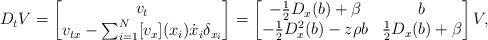
LaTeX: \begin{align*}D_tV=\begin{bmatrix} v_t\\ v_{tx}-\sum_{i=1}^N [v_x](x_i) \dot x_i \delta_{x_i} \end{bmatrix}=\begin{bmatrix}-\frac12 D_x(b)+\beta& b\\-\frac12 D^2_x(b)-z\rho b& \frac12 D_x(b) +\beta \end{bmatrix}V, \end{align*}